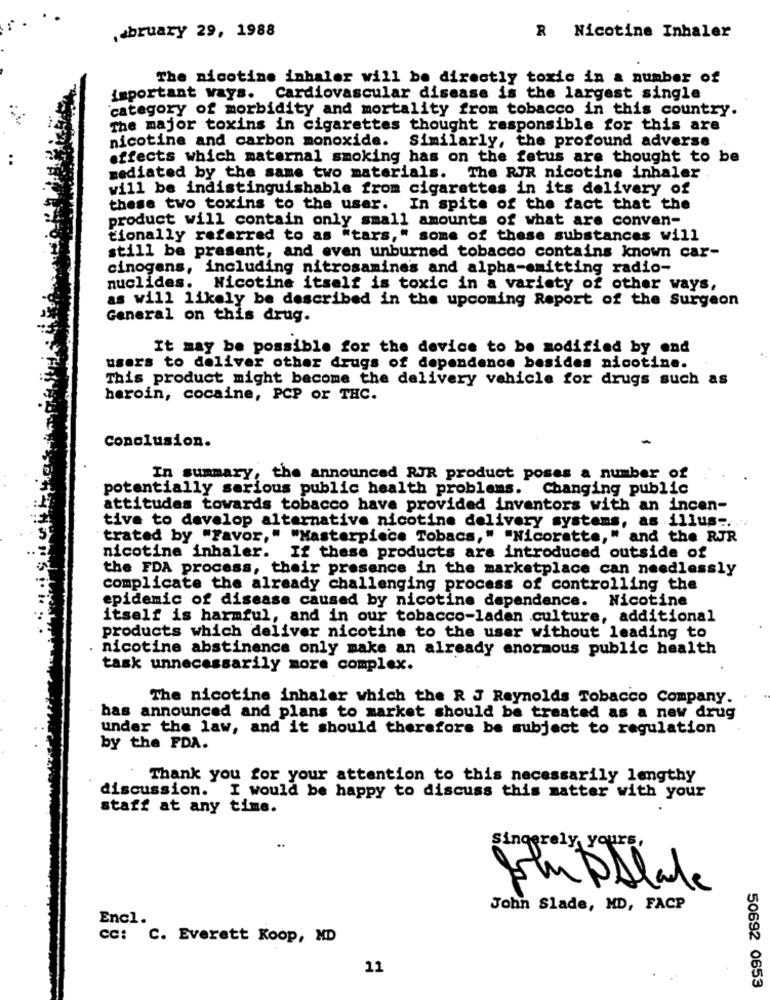
.abruary 29, 1988
R Nicotine Inhaler
The nicotine inhaler will be directly toxic in a number of
important ways. Cardiovascular disease is the largest single
category of morbidity and mortality from tobacco in this country.
The major toxins in cigarettes thought responsible for this are
nicotine and carbon monoxide.
Similarly, the profound adverse
..
effects which maternal smoking has on the fetus are thought to be
mediated by the same two materials. The RJR nicotine inhaler
will be indistinguishable from cigarettes in its delivery of
these two toxins to the user. In spite of the fact that the
product will contain only small amounts of what are conven-
tionally referred to as "tars," some of these substances will
still be present, and even unburned tobacco contains known car-
cinogens, including nitrosamines and alpha-emitting radio-
nuclides. Nicotine itself is toxic in a variety of other ways,
as will likely be described in the upcoming Report of the Surgeon
General on this drug.
It may be possible for the device to be modified by end
users to deliver other drugs of dependence besides nicotine.
This product might become the delivery vehicle for drugs such as
heroin, cocaine, PCP or THC.
Conclusion.
In summary, the announced RJR product poses a number of
potentially serious public health problems. Changing public
attitudes towards tobacco have provided inventors with an incen-
tive to develop alternative nicotine delivery systems, as illus -...
trated by "Favor," "Masterpiece Tobacs," "Nicorette," and the RJR
nicotine inhaler. If these products are introduced outside of
the FDA process, their presence in the marketplace can needlessly
complicate the already challenging process of controlling the
epidemic of disease caused by nicotine dependence. Nicotine
itself is harmful, and in our tobacco-laden .culture, additional
products which deliver nicotine to the user without leading to
nicotine abstinence only make an already enormous public health
task unnecessarily more complex.
The nicotine inhaler which the R J Reynolds Tobacco Company.
has announced and plans to market should be treated as a new drug
under the law, and it should therefore be subject to regulation
by the FDA.
Thank you for your attention to this necessarily lengthy
discussion. I would be happy to discuss this matter with your
staff at any time.
Sinq
rely yours,
Shipblake
John Slade, MD, FACP
Encl.
CC: C. Everett Koop, MD
11
50692 0653